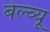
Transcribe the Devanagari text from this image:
बेल्व्यू